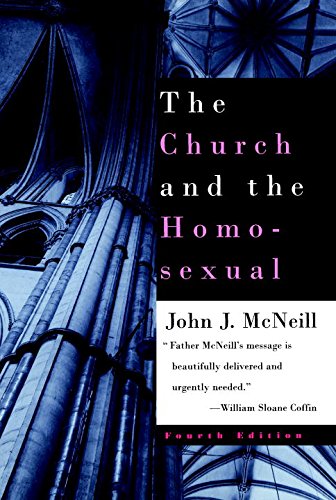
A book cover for The Church and the Homosexual: Fourth Edition; John J. McNeill; Religion & Spirituality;